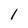
Character: l